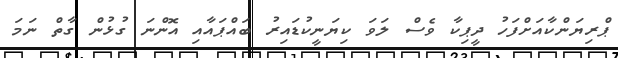
ޕްރިޔަންކާއަށްފަހު ދީޕިކާ ވެސް ލަވަ ކިޔަނީކުޑައިރު ބައްޕައާއި އޮންނަ ގުޅުން ގާތް ނަމަ